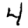
Digit: 4